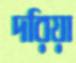
দরিয়া